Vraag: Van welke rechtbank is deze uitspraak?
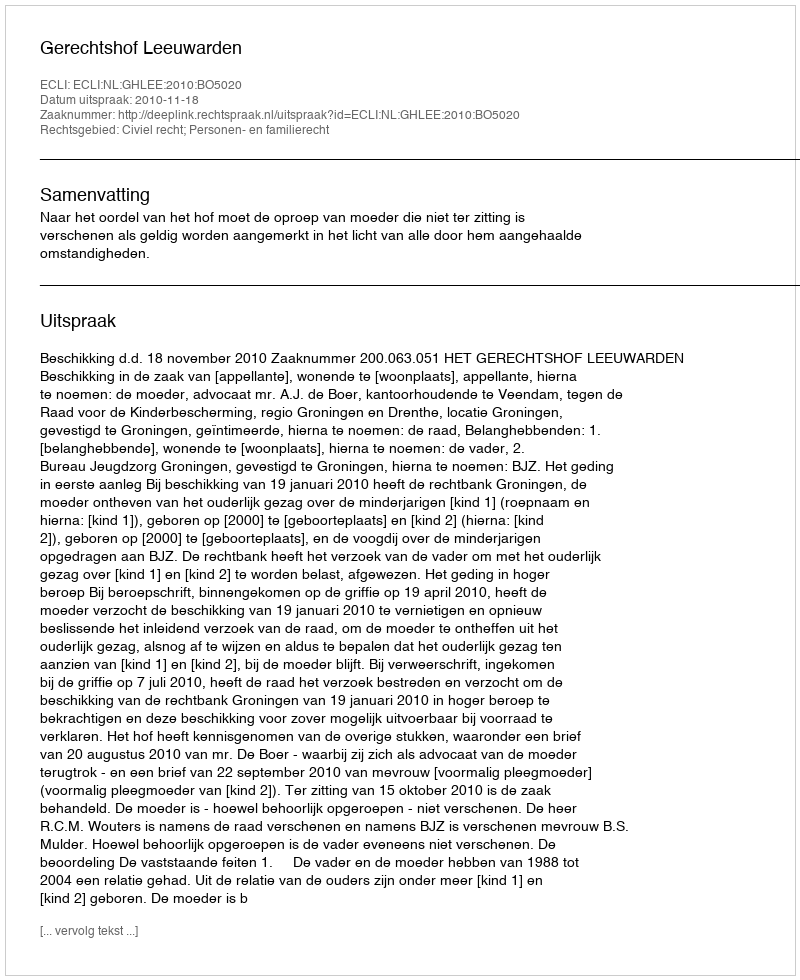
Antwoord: Gerechtshof Leeuwarden